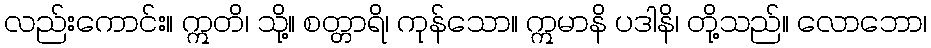
လည်းကောင်း။ ဣတိ၊ သို့။ စတ္တာရိ၊ ကုန်သော။ ဣမာနိ ပဒါနိ၊ တို့သည်။ လောဘော၊